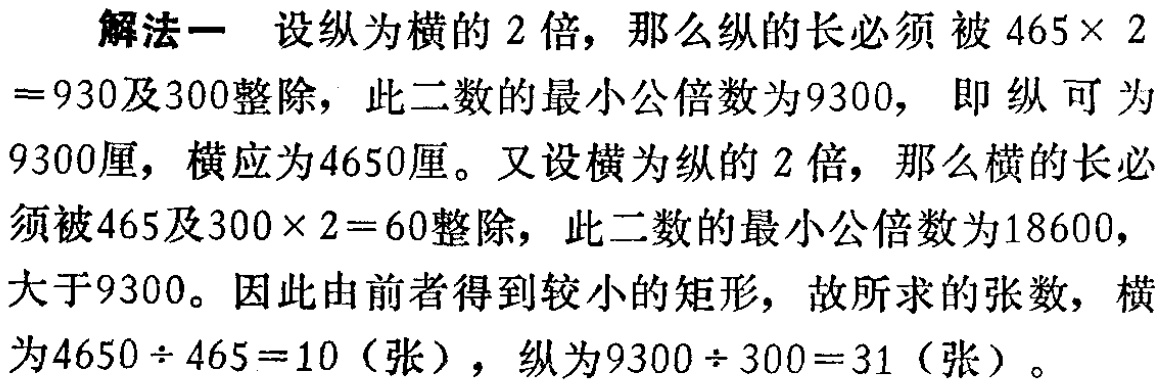
解法一 设纵为横的 2 倍, 那么纵的长必须 被 \(465\times 2\)

\(=930\)及\(300\)整除, 此二数的最小公倍数为\(9300\), 即 纵 可 为

\(9300\)厘, 横应为\(4650\)厘。又设横为纵的 2 倍, 那么横的长必

须被\(465\)及\(300\times 2 = 60\)整除, 此二数的最小公倍数为\(18600\),

大于\(9300\)。因此由前者得到较小的矩形, 故所求的张数, 横

为\(4650\div 465 = 10\)（张）, 纵为\(9300\div 300 = 31\)（张）。